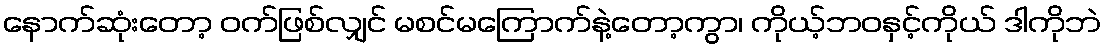
နောက်ဆုံးတော့ ဝက်ဖြစ်လျှင် မစင်မကြောက်နဲ့တော့ကွာ၊ ကိုယ့်ဘဝနှင့်ကိုယ် ဒါကိုဘဲ